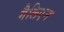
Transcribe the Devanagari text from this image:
गैलिएन